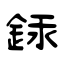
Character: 銾